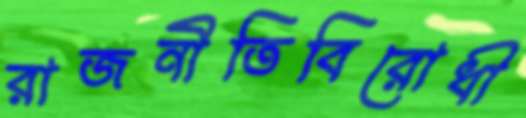
রাজনীতিবিরোধী